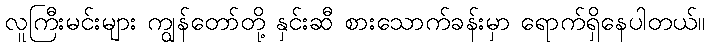
လူကြီးမင်းများ ကျွန်တော်တို့ နှင်းဆီ စားသောက်ခန်းမှာ ရောက်ရှိနေပါတယ်။